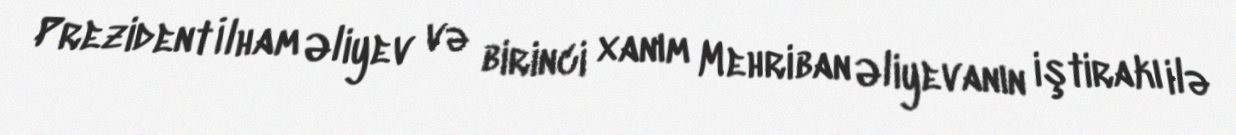
Prezident İlham Əliyev və birinci xanım Mehriban Əliyevanın iştirakı ilə